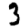
Digit: 3